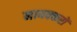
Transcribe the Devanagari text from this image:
नायक्करों